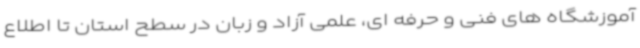
آموزشگاه های فنی و حرفه ای، علمی آزاد و زبان در سطح استان تا اطلاع